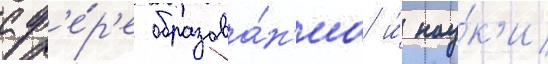
сф'е́р'е образова́н'иа и́ нау́к'и